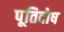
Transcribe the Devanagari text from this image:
पूतिदोष